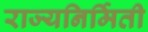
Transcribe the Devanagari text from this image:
राज्यनिर्मिती